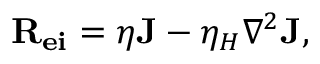
{ \bf { R _ { e i } } } = \eta { \bf { J } } - \eta _ { H } \nabla ^ { 2 } { \bf { J } } ,